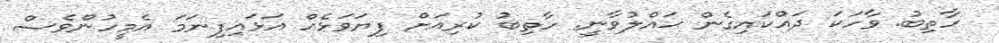
ހާތިބު. ވާހަކަ ދައްކައިގެން ޙައްލުވާނީ. ހާތިބު ކުރިއަށް ފިޔަވަޅެއް އަޅައިފިނަމަ އެމީހުންވެސް